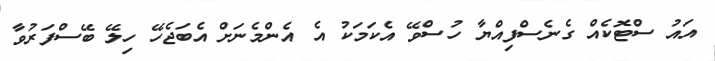
އައު ސްޓޮކެއް ގެނެސްފިއްޔާ ހުސްވޭ އެކަމަކު އެ އެންމެނަށް އެބަޖެހޭ ހިލޭ ބޭސްފަރުވާ